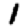
Digit: 1